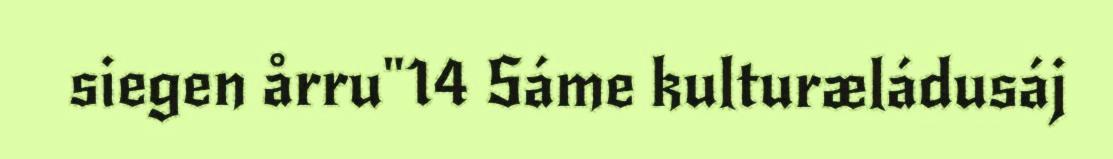
siegen årru"14 Sáme kulturæládusáj